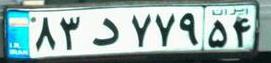
۸۳د۷۷۹۵۴